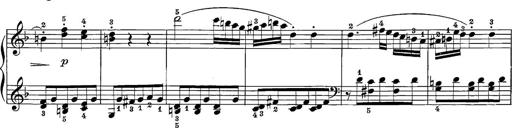
Title: 12 Sonatine per Pianoforte
Composer: Friedrich Kuhlau